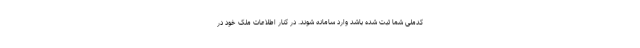
کدملی شما ثبت شده باشد وارد سامانه شوند. در کنار اطلاعات ملک خود در